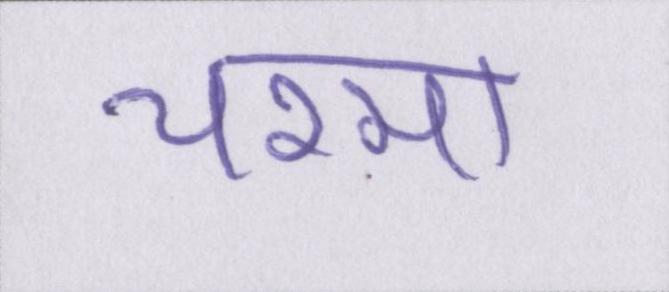
चश्मा